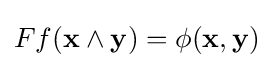
Ff(\mathbf {x} \wedge \mathbf {y} )=\phi (\mathbf {x} ,\mathbf {y} )